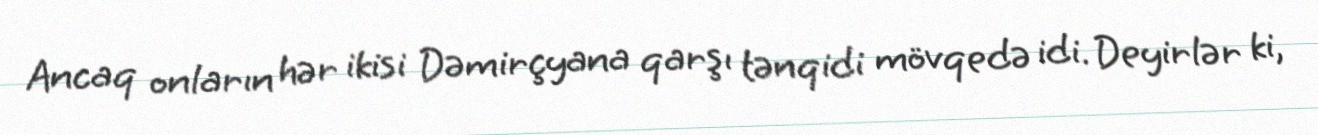
Ancaq onların hər ikisi Dəmirçyana qarşı tənqidi mövqedə idi. Deyirlər ki,